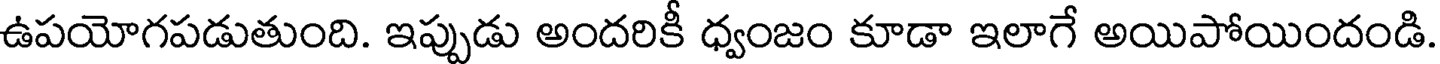
ఉపయోగపడుతుంది. ఇప్పుడు అందరికీ ధ్వంజం కూడా ఇలాగే అయిపోయిందండి